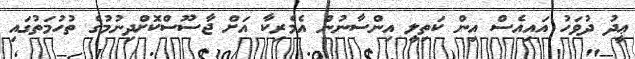
ޢީދު ދުވަހު އައިއެސް އިން ކަތިލީ އިންސާނުން އެމެރިކާ އަށް ޖާސޫސްކޮށްދިނުމުގެ ތުހުމަތުގައި